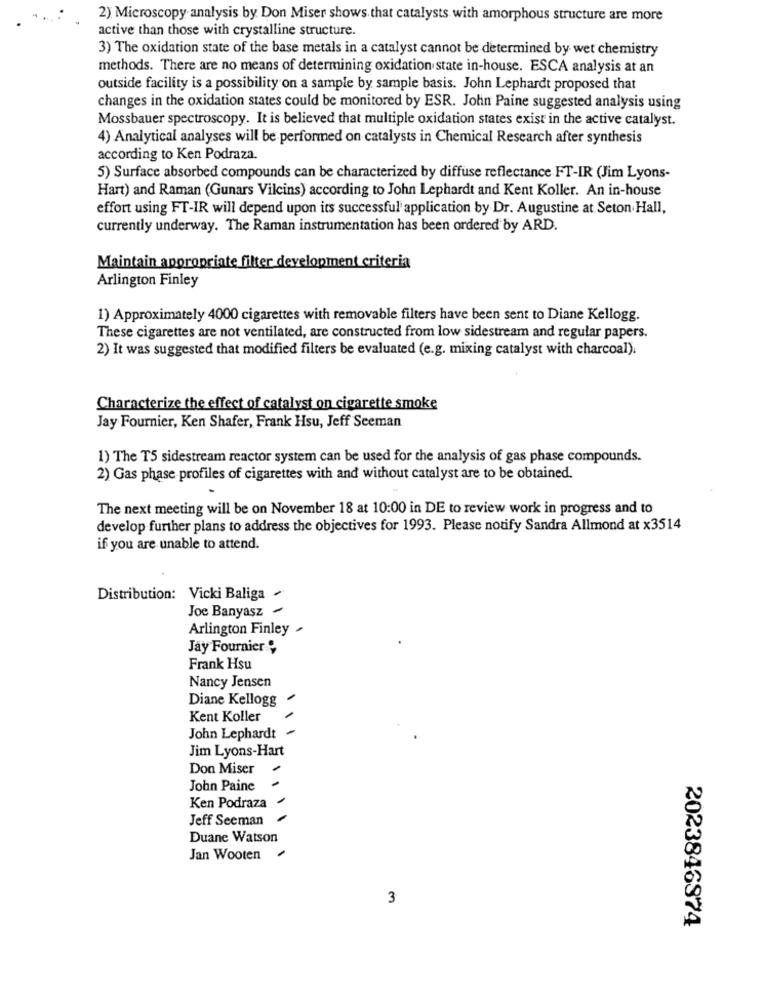
2) Microscopy analysis by Don Miser shows that catalysts with amorphous structure are more
active than those with crystalline structure.
3) The oxidation state of the base metals in a catalyst cannot be determined by wet chemistry
methods. There are no means of determining oxidation state in-house. ESCA analysis at an
outside facility is a possibility on a sample by sample basis. John Lephardt proposed that
changes in the oxidation states could be monitored by ESR. John Paine suggested analysis using
Mossbauer spectroscopy. It is believed that multiple oxidation states exist in the active catalyst.
4) Analytical analyses will be performed on catalysts in Chemical Research after synthesis
according to Ken Podraza.
5) Surface absorbed compounds can be characterized by diffuse reflectance FT-IR (Jim Lyons-
Hart) and Raman (Gunars Vilcins) according to John Lephardt and Kent Koller. An in-house
effort using FT-IR will depend upon its successful application by Dr. Augustine at Seton Hall,
currently underway. The Raman instrumentation has been ordered by ARD.
Maintain appropriate filter development criteria
Arlington Finley
1) Approximately 4000 cigarettes with removable filters have been sent to Diane Kellogg.
These cigarettes are not ventilated, are constructed from low sidestream and regular papers.
2) It was suggested that modified filters be evaluated (e.g. mixing catalyst with charcoal).
Characterize the effect of catalyst on cigarette smoke
Jay Fournier, Ken Shafer, Frank Hsu, Jeff Seeman
1) The T5 sidestream reactor system can be used for the analysis of gas phase compounds.
2) Gas phase profiles of cigarettes with and without catalyst are to be obtained.
The next meeting will be on November 18 at 10:00 in DE to review work in progress and to
develop further plans to address the objectives for 1993. Please notify Sandra Allmond at x3514
if you are unable to attend.
Distribution: Vicki Baliga
Joe Banyasz
Arlington Finley
Jay Fournier ,
Frank Hsu
Nancy Jensen
Diane Kellogg
Kent Koller
John Lephardt
Jim Lyons-Hart
Don Miser
John Paine
Ken Podraza
Jeff Seeman
Duane Watson
Jan Wooten
3
2023846874